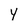
Character: Y